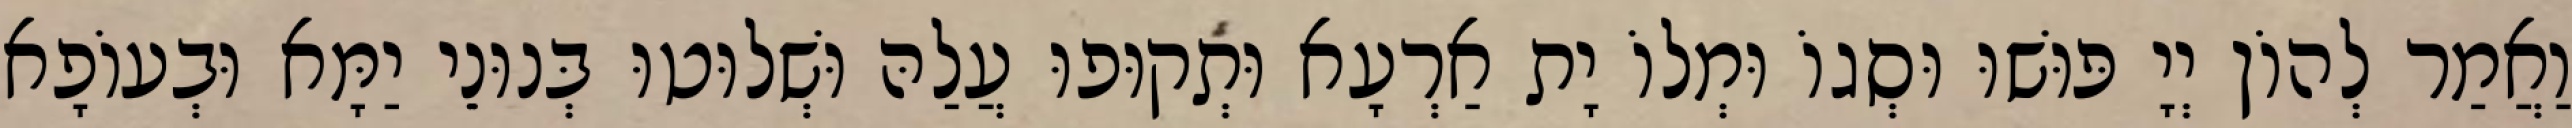
וַאֲמַר לְהוֹן יְיָ פּוּשׁוּ וּסְגוֹ וּמְלוֹ יָת אַרְעָא וּתְקוּפוּ עֲלַהּ וּשְׁלוּטוּ בְּנוּנֵי יַמָּא וּבְעוֹפָא